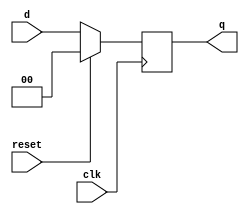
module RD_FF(
  input clk, reset,
  input [1:0] d,
  output reg [1:0] q
	);
  always@(posedge clk) begin
  if(reset)
    q=0;
  else
    q=d;
  end
endmodule